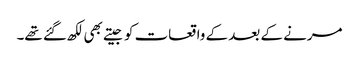
مرنے کے بعد کے واقعات کو جیتے بھی لکھ گئے تھے۔